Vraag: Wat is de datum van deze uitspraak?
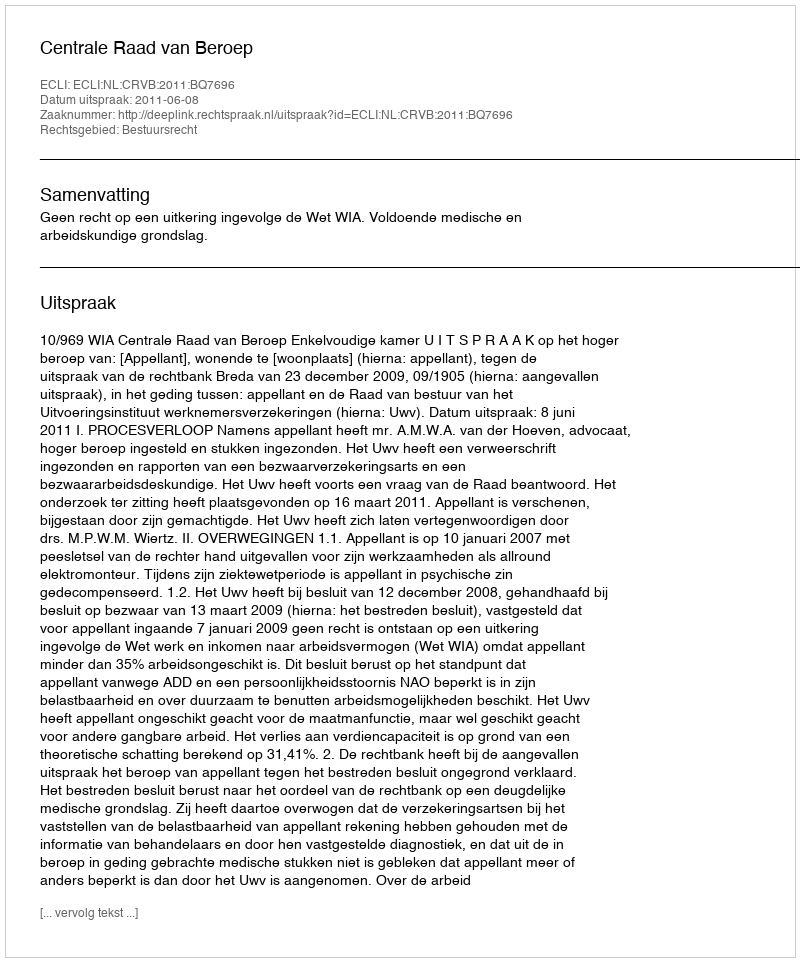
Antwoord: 2011-06-08